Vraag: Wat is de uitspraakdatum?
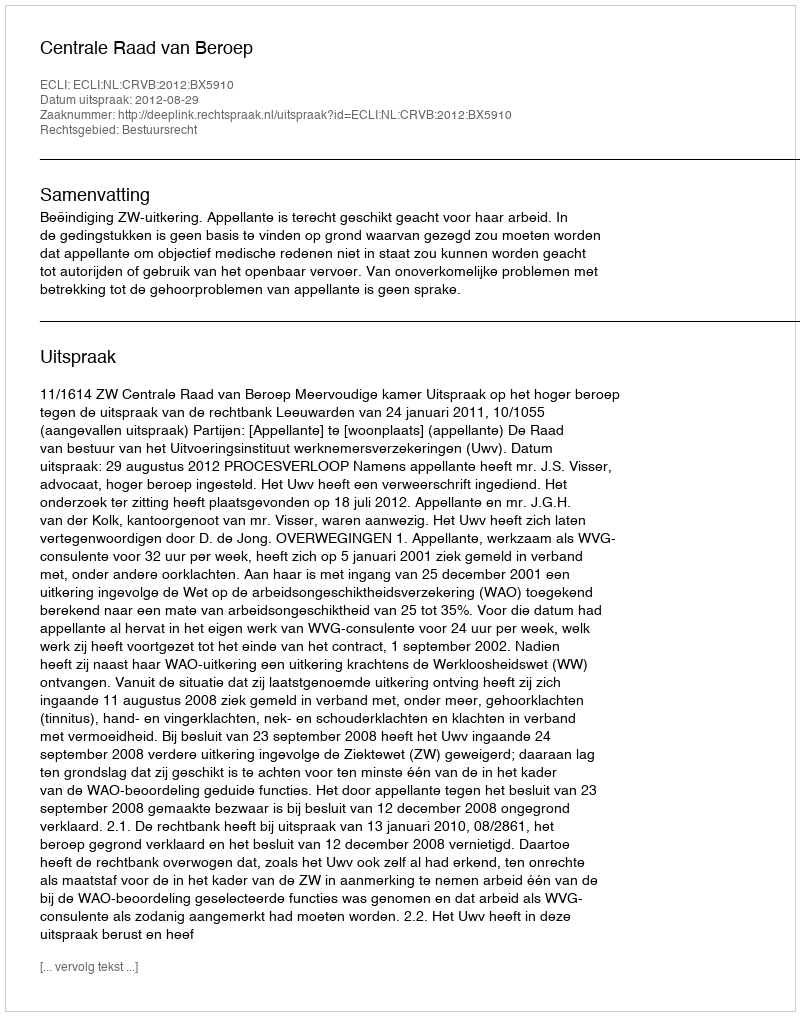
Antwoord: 2012-08-29